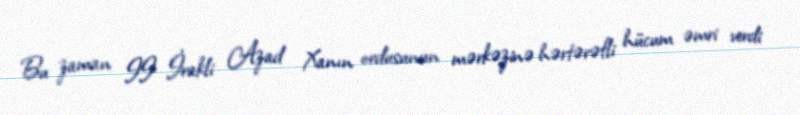
Bu zaman II İrakli Azad Xanın ordusunun mərkəzinə hərtərəfli hücum əmri verdi